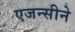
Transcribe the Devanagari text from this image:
एजन्सीने